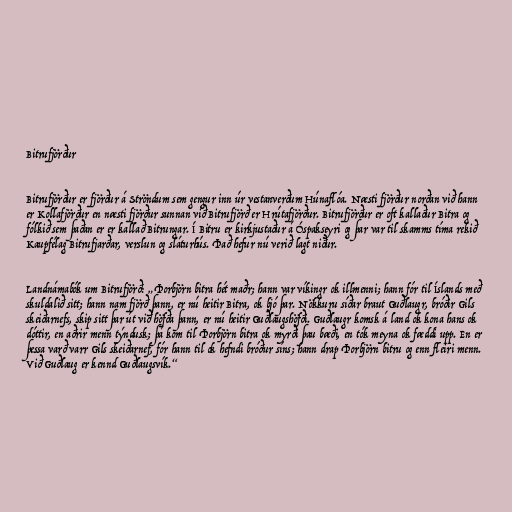
Bitrufjörður

Bitrufjörður er fjörður á Ströndum sem gengur inn úr vestanverðum Húnaflóa. Næsti fjörður norðan við hann
er Kollafjörður en næsti fjörður sunnan við Bitrufjörð er Hrútafjörður. Bitrufjörður er oft kallaður Bitra og
fólkið sem þaðan er er kallað Bitrungar. Í Bitru er kirkjustaður á Óspakseyri og þar var til skamms tíma rekið
Kaupfélag Bitrufjarðar, verslun og sláturhús. Það hefur nú verið lagt niður.

Landnámabók um Bitrufjörð: „Þorbjörn bitra hét maðr; hann var víkingr ok illmenni; hann fór til Íslands með
skuldalið sitt; hann nam fjörð þann, er nú heitir Bitra, ok bjó þar. Nökkuru síðar braut Guðlaugr, bróðir Gils
skeiðarnefs, skip sitt þar út við höfða þann, er nú heitir Guðlaugshöfði. Guðlaugr komsk á land ok kona hans ok
dóttir, en aðrir menn týndusk; þá kom til Þorbjörn bitra ok myrði þau bæði, en tók meyna ok fæddi upp. En er
þessa varð varr Gils skeiðarnef, fór hann til ok hefndi bróður síns; hann drap Þorbjörn bitru og enn fleiri menn.
Við Guðlaug er kennd Guðlaugsvík.“